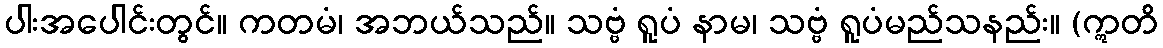
ပါးအပေါင်းတွင်။ ကတမံ၊ အဘယ်သည်။ သဗ္ဗံ ရူပံ နာမ၊ သဗ္ဗံ ရူပံမည်သနည်း။ (ဣတိ